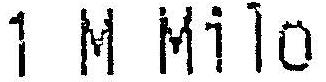
1 M MILO